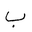
Letter: _ba